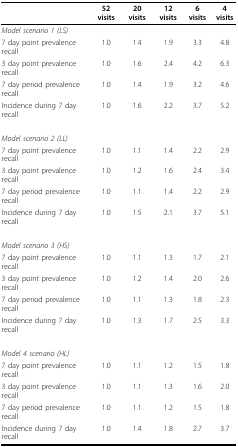
<table><thead><tr><td></td><td><b>52 visits</b></td><td><b>20 visits</b></td><td><b>12 visits</b></td><td><b>6 visits</b></td><td><b>4 visits</b></td></tr></thead><tbody><tr><td><i>Model scenario 1 (LS)</i></td><td></td><td></td><td></td><td></td><td></td></tr><tr><td>7 day point prevalence recall</td><td>1.0</td><td>1.4</td><td>1.9</td><td>3.3</td><td>4.8</td></tr><tr><td>3 day point prevalence recall</td><td>1.0</td><td>1.6</td><td>2.4</td><td>4.2</td><td>6.3</td></tr><tr><td>7 day period prevalence recall</td><td>1.0</td><td>1.4</td><td>1.9</td><td>3.2</td><td>4.6</td></tr><tr><td>Incidence during 7 day recall</td><td>1.0</td><td>1.6</td><td>2.2</td><td>3.7</td><td>5.2</td></tr><tr><td><i>Model scenario 2 (LL)</i></td><td></td><td></td><td></td><td></td><td></td></tr><tr><td>7 day point prevalence recall</td><td>1.0</td><td>1.1</td><td>1.4</td><td>2.2</td><td>2.9</td></tr><tr><td>3 day point prevalence recall</td><td>1.0</td><td>1.2</td><td>1.6</td><td>2.4</td><td>3.4</td></tr><tr><td>7 day period prevalence recall</td><td>1.0</td><td>1.1</td><td>1.4</td><td>2.2</td><td>2.9</td></tr><tr><td>Incidence during 7 day recall</td><td>1.0</td><td>1.5</td><td>2.1</td><td>3.7</td><td>5.1</td></tr><tr><td><i>Model scenario 3 (HS)</i></td><td></td><td></td><td></td><td></td><td></td></tr><tr><td>7 day point prevalence recall</td><td>1.0</td><td>1.1</td><td>1.3</td><td>1.7</td><td>2.1</td></tr><tr><td>3 day point prevalence recall</td><td>1.0</td><td>1.2</td><td>1.4</td><td>2.0</td><td>2.6</td></tr><tr><td>7 day period prevalence recall</td><td>1.0</td><td>1.1</td><td>1.3</td><td>1.8</td><td>2.3</td></tr><tr><td>Incidence during 7 day recall</td><td>1.0</td><td>1.3</td><td>1.7</td><td>2.5</td><td>3.3</td></tr><tr><td><i>Model 4 scenario (HL)</i></td><td></td><td></td><td></td><td></td><td></td></tr><tr><td>7 day point prevalence recall</td><td>1.0</td><td>1.1</td><td>1.2</td><td>1.5</td><td>1.8</td></tr><tr><td>3 day point prevalence recall</td><td>1.0</td><td>1.1</td><td>1.3</td><td>1.6</td><td>2.0</td></tr><tr><td>7 day period prevalence recall</td><td>1.0</td><td>1.1</td><td>1.2</td><td>1.5</td><td>1.8</td></tr><tr><td>Incidence during 7 day recall</td><td>1.0</td><td>1.4</td><td>1.8</td><td>2.7</td><td>3.7</td></tr></tbody></table>